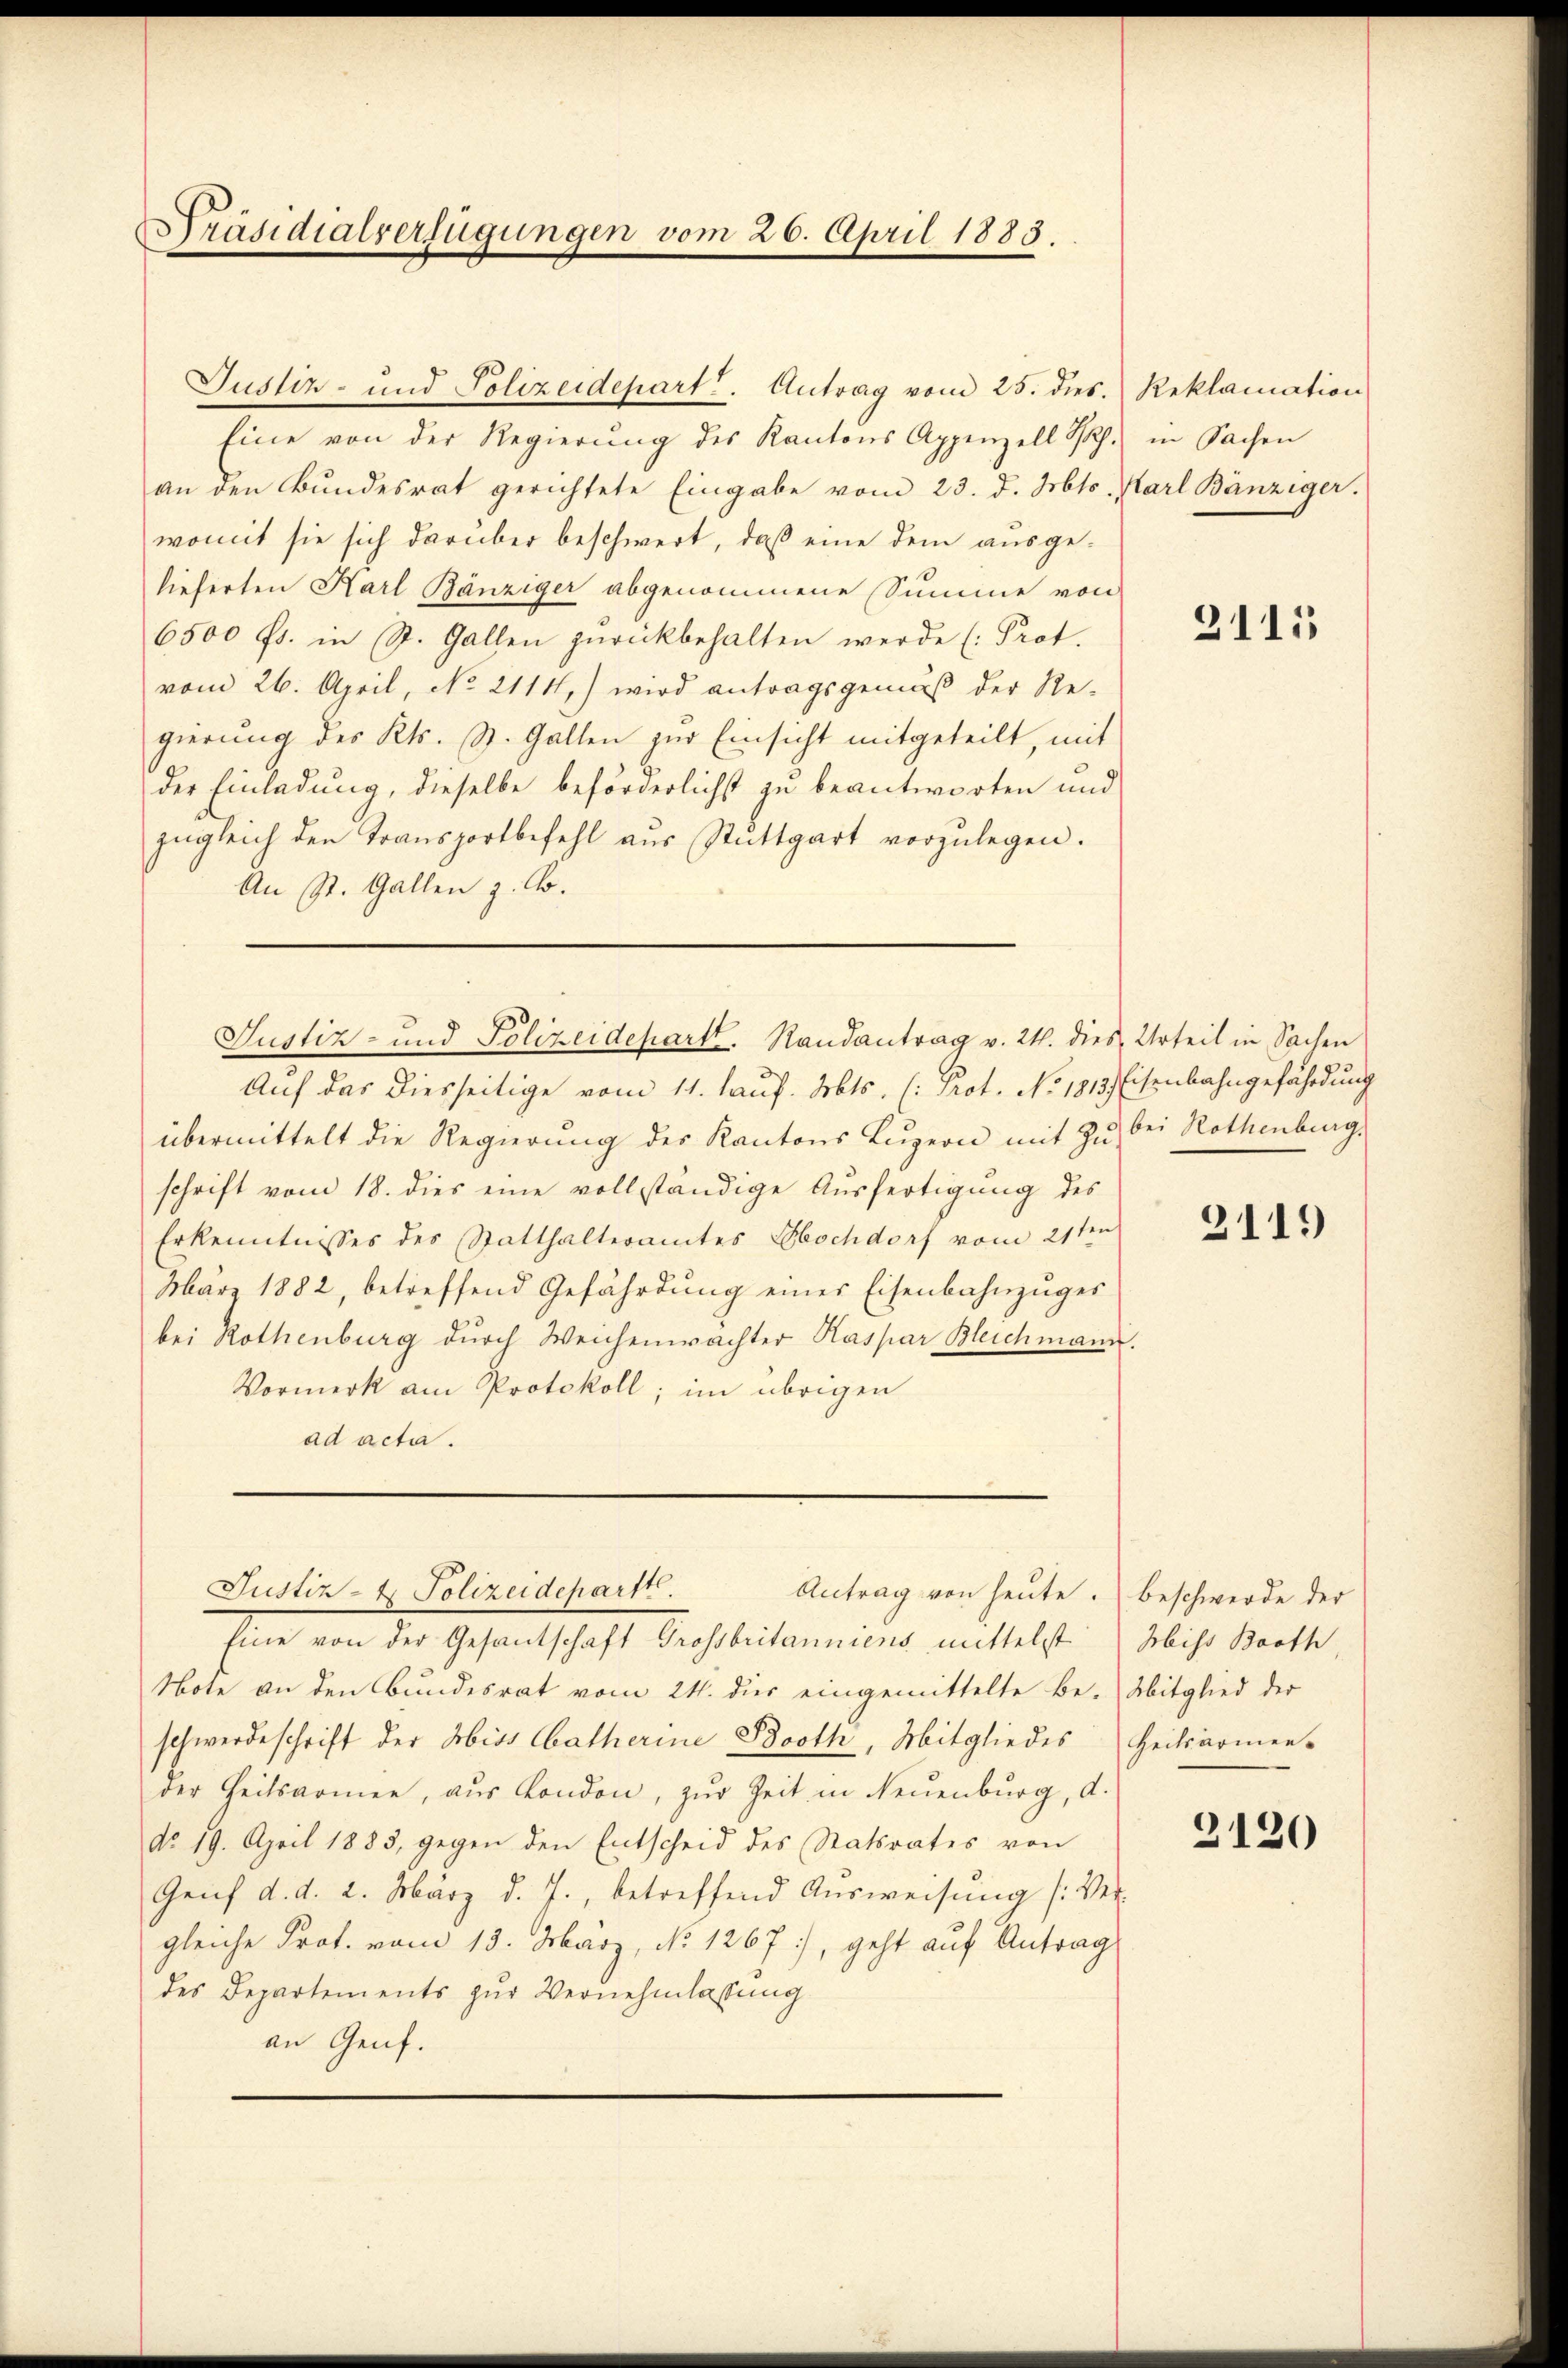
Präsidialverfügungen vom 26. April 1883.

Eine von der Regierŭng des Kantons Appenzell P. in Sachen
an den Bundesrat gerichtete Eingabe vom 23. d. Mts. Karl Bänziger.
womit sie sich darüber beschwert, daß eine dem ausgelieferten Karl Bänziger abgenommene Summe von
6500 fr. in St. Gallen zurückbehalten werde (Prot.
vom 26. April, No. 2111) wird antragsgemäß der Re-
gierŭng des Kts. St. Gallen zŭr Einsicht mitgeteilt, mit
der Einladung, dieselbe beförderlichst zu beantworten und
zŭgleich den Transportbefehl aus Stuttgart vorzŭlegen.
An St. Gallen z. B.
Justiz- und Polizeidepartt. Randantrag v. 24. dies Urteil in Sachen
Auf das diesseitige vom 11. lauf. Mts. (: Prot. No. 1813 Eisenbahngefährdung
übermittelt die Regierŭng des Kantons Lŭzern mit zu bei Rothenburg,
schrift vom 18. dies eine vollständige Ausfertigung des
Erkenntnisses des Statthalteramtes Ebochdorf vom 21ten
März 1882, betreffend Gefährdung einer Eisenbahnzuges
bei Rothenburg durch Weichenwachter Kaspar Bleichmann
Vormerk am Protokoll; im übrigen
ad acta.

Justiz- und Polizeidepart. Antrag vom 25. dies. Reklamation

Justiz- & Polizeidepartt.
Antrag von heute. Beschwerde der

Eine von der Gesantschaft Grossbritanniens mittelst
Note an den Bundesrat vom 21. dies eingemittelte Be- Mitglied der
schwerdeschrift der Abiss Catherine Broth, Mitgliedes Heilsarmen-
der Zeitsarmen, aŭs London, zŭr Zeit in Neuenburg, d.
do 19. April 1883, gegen den Entscheid des Statsrates von
Genf d. d. 2. März d. J., betreffend Ausweisung (Ver-
gleiche Prot. vom 13. März, No 1267), geht auf Antrag
des Departements zur Vernehmlassung
an Genf.

2115

2119

Miss Broth,

2120